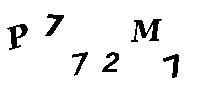
P772M7